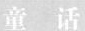
童话